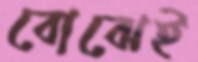
বোঝেই